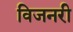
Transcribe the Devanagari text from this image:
विजनरी